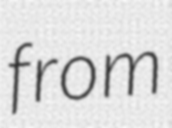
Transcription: from